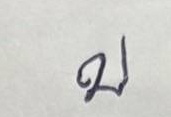
บ